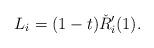
LaTeX: \begin{align*}L_i =(1-t) \check{R}'_i(1).\end{align*}